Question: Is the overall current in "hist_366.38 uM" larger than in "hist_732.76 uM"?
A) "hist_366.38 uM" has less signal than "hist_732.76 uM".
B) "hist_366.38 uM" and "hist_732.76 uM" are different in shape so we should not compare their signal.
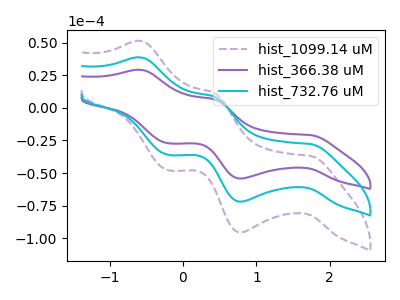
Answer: <think>The purple dashed curve "hist_1099.14 uM" has anodic peaks at (-0.60V, 77.35uA) (0.40V, 17.35uA) and cathodic peaks at (1.75V, -55.55uA) (0.80V, -143.90uA) (-0.20V, -72.20uA). The purple curve "hist_366.38 uM" has anodic peaks at (-0.60V, 29.15uA) (0.40V, 6.55uA) and cathodic peaks at (1.75V, -20.90uA) (0.80V, -54.20uA) (-0.20V, -27.20uA). The cyan curve "hist_732.76 uM" has anodic peaks at (-0.60V, 38.70uA) (0.40V, 8.70uA) and cathodic peaks at (1.75V, -27.75uA) (0.80V, -71.95uA) (-0.20V, -36.10uA).
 All the peaks in "hist_366.38 uM" have a peak in "hist_732.76 uM" at the same potential. Every peak in "hist_366.38 uM" is lower than every peak in "hist_732.76 uM".</think>
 <answer>A) "hist_366.38 uM" has less signal than "hist_732.76 uM".</answer>
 <eval>A</eval>